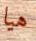
هيا